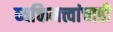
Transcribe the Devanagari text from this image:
व्यक्तिमत्त्वांचाही